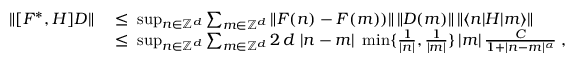
\begin{array} { r l } { \| [ F ^ { * } , H ] D \| } & { \; \leq \; \operatorname* { s u p } _ { n \in { \mathbb Z } ^ { d } } \sum _ { m \in { \mathbb Z } ^ { d } } \| F ( n ) - F ( m ) ) \| \, \| D ( m ) \| \, \| \langle n | H | m \rangle \| } \\ & { \; \leq \; \operatorname* { s u p } _ { n \in { \mathbb Z } ^ { d } } \sum _ { m \in { \mathbb Z } ^ { d } } 2 \, d \; | n - m | \; \operatorname* { m i n } \{ \frac { 1 } { | n | } , \frac { 1 } { | m | } \} \, | m | \, \frac { C } { 1 + | n - m | ^ { \alpha } } \; , } \end{array}